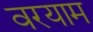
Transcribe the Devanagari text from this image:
वरयाम